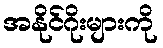
အနိုင်ဂိုးများကို